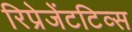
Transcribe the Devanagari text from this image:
रिप्रेजेंटटिव्स